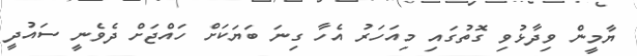
ޔާމީން ވިދާޅުވި ގޮތުގައި މިއަހަރު އެހާ ގިނަ ބަޔަކަށް ހައްޖަށް ދެވެނީ ސައުދީ